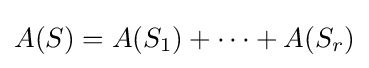
A(S)=A(S_{1})+\cdots +A(S_{r})